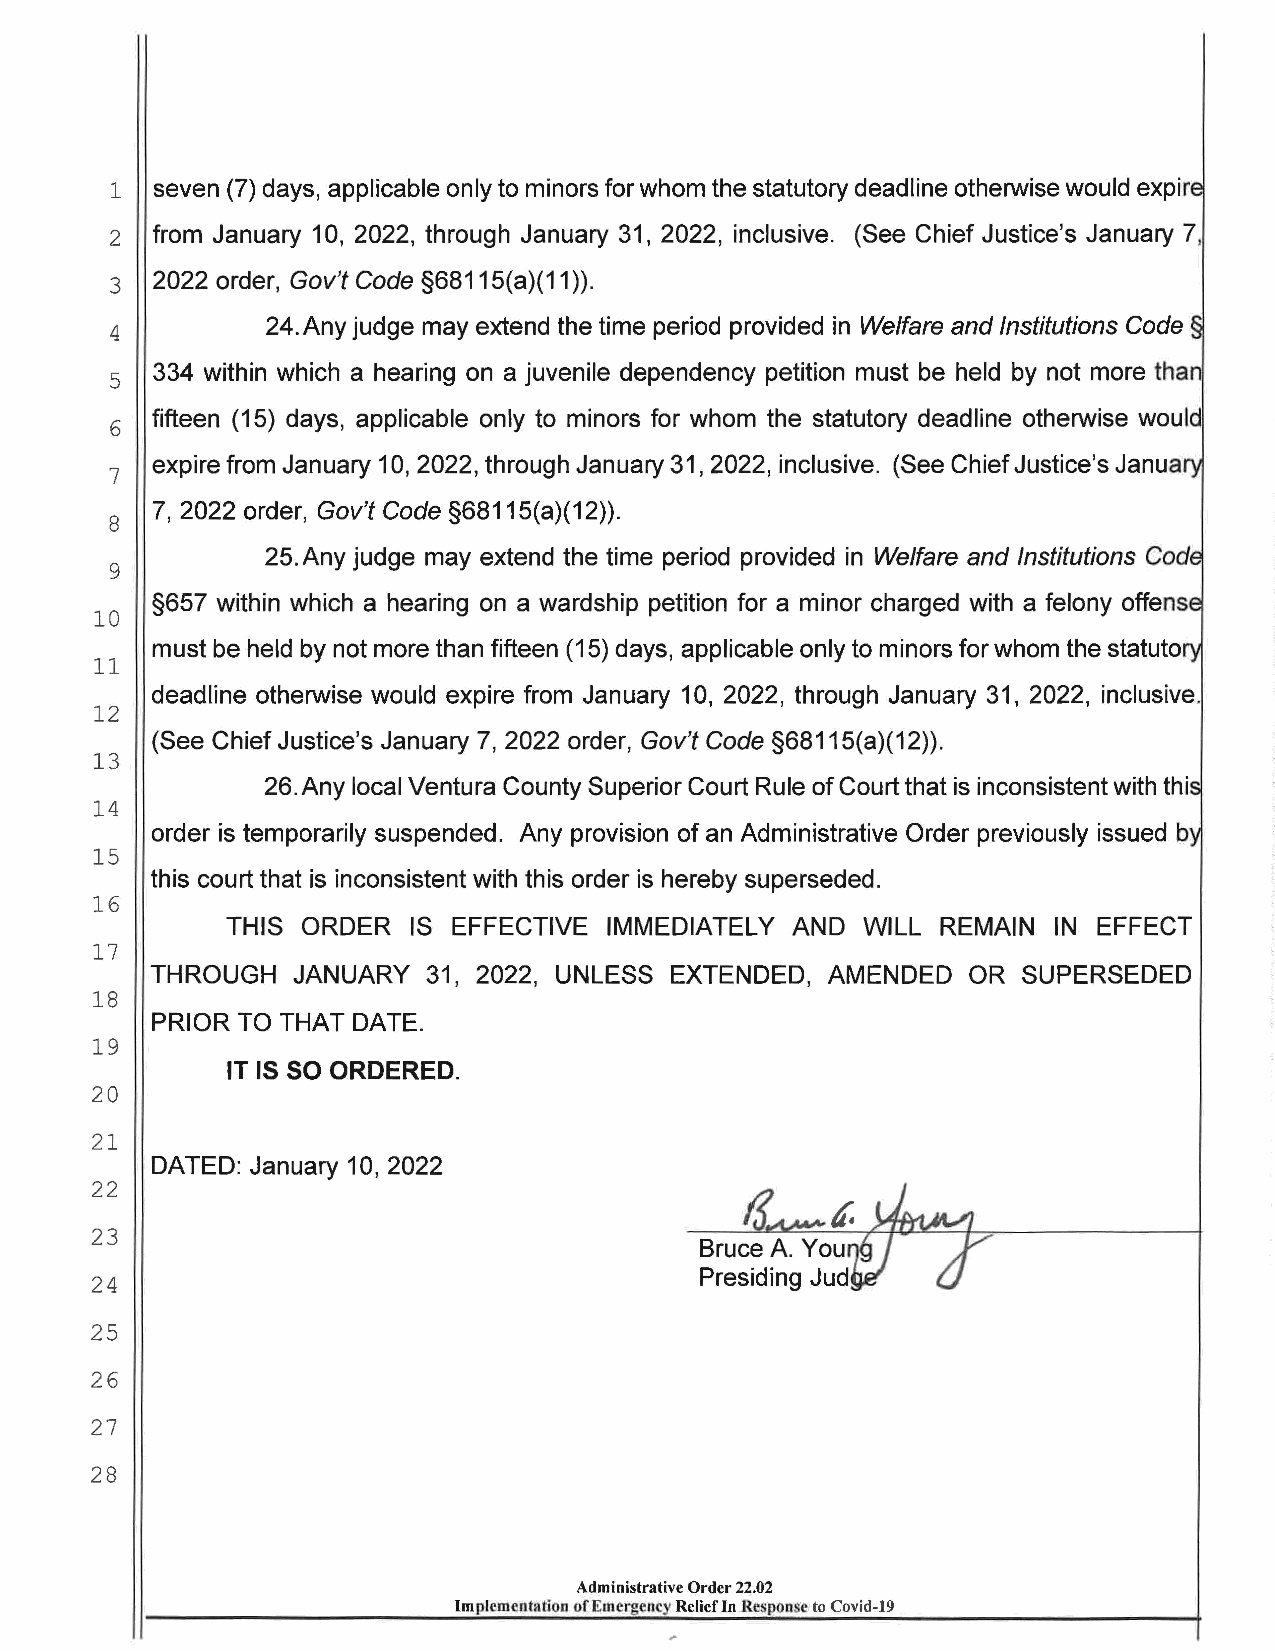
1  seven (7) days, applicable only to minors for whom the statutory deadline otherwise would expir
 2  from January 10, 2022, through January 31, 2022, inclusive. (See Chief Justice's January 7,
 2022 order, Gov't Code §68115(a)(11)).
 3
 24. Any judge may extend the time period provided in Welfare and Institutions Code
 4
 334 within which a hearing on a juvenile dependency petition must be held by not more than
 5
 fifteen (15) days, applicable only to minors for whom the statutory deadline otherwise would
 6
 expire from January 10, 2022, through January 31, 2022, inclusive. (See Chief Justice's Janua
 7
 7, 2022 order, Gov't Code §68115(a)(12)).
 8
 25. Any judge may extend the time period provided in Welfare and Institutions Cod
 9
 §657 within which a hearing on a wardship petition for a minor charged with a felony offens
 10
 must be held by not more than fifteen (15) days, applicable only to minors for whom the statuto
 11
 deadline otherwise would expire from January 10, 2022, through January 31, 2022, inclusive.
 12
 (See Chief Justice's January 7, 2022 order, Gov't Code §68115(a)(12)).
 13
 26.Any local Ventura County Superior Court Rule of Court that is inconsistent with thi
 14
 order is temporarily suspended. Any provision of an Administrative Order previously issued b
 15
 this court that is inconsistent with this order is hereby superseded.
 16
 THIS ORDER  IS EFFECTIVE IMMEDIATELY AND  WILL REMAIN  IN EFFECT
 17
 THROUGH  JANUARY  31, 2022, UNLESS EXTENDED, AMENDED  OR  SUPERSEDED
 18
 PRIOR TO THAT DATE.
 19
 IT IS SO ORDERED.
 20
 21
 DATED: January 10, 2022
 22
 23
 24
 25
 26
 27
 28
 Administrative Order 22.02
 Implementation of Emergency Reliefln Response to Covid-19